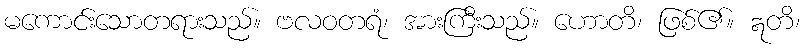
မကောင်းသောတရားသည်။ ဗလဝတရံ၊ အားကြီးသည်။ ဟောတိ၊ ဖြစ်၏။ ဣတိ၊